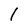
Character: 1